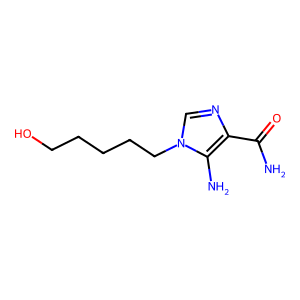
SMILES: NC(=O)c1ncn(CCCCCO)c1N
Inhibits HIV replication: No